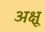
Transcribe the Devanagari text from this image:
अक्षू